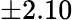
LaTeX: \pm 2.10